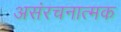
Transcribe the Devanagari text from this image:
असंरचनात्मक